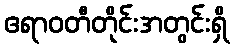
ဧရာဝတီတိုင်းအတွင်းရှိ